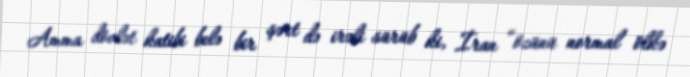
Amma dövlət katibi belə bir şərt də irəli sürüb ki, İran “özünü normal ölkə